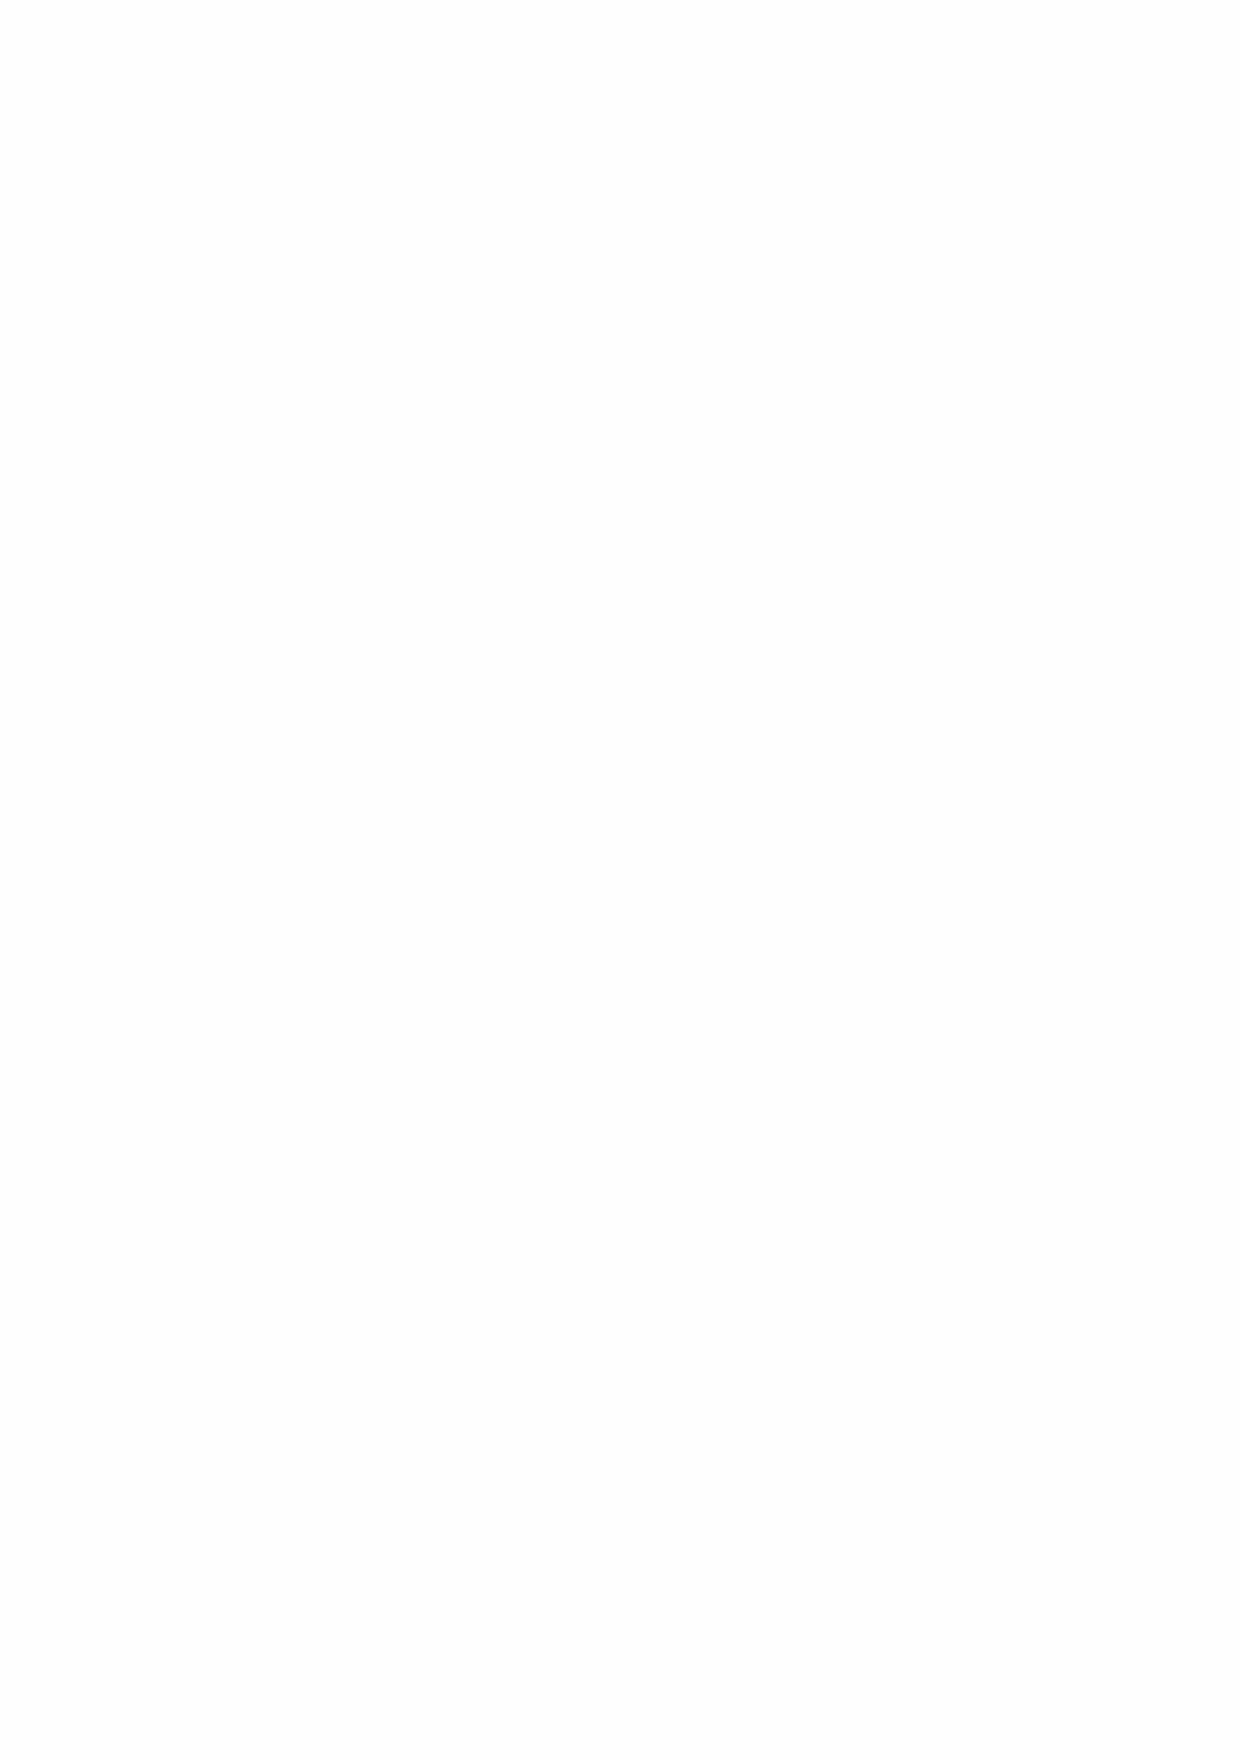
reset size
 The reset button will return the picture to its original size.
 d  Click just past the image (to deselect it) and press Enter to move to a new line.
 Type a caption for the image. Do not worry about the font, colour or size of the text at this time.
 When ready press Enter to move to a new line.
 e  We will now add more images to the page, but this time we will be able to see them before we select
 them.
 At the top of the files panel, click on the Assets tab.
 The Assets panel is used to catalogue items used in the web site. It includes things like images, colours,
 Flash animations, hyperlinks, etc. The advantage for us in this case is that we will be able to see a
 preview of any of the images we might like to use.
 image
 assets
 preview
 Choose a second and third image to add to the page. (sbsp 9 10, 12, 13, 14 and 16 are from the movie.)
 Drag them from the assets panel to the document window under the earlier picture, and caption each.
 f  The asterisk next to a file name on the page tab is a reminder that you have made changes to a page since
 it was last saved. A page must be saved before any changes you make can be seen in the browser.
 Re-save the page.
 g  Return to the browser and press the Refresh button to see the changes made.
 6. We can now make a link to this page from the home page.
 a  Move to the home page (index.htm).
 b  In the files panel open the buttons folder and find the movie.gif button.
 From this folder drag movie.gif to just under the other buttons. (Again ignore the accessibility attribute
 option.)
 c  We will now create a hyperlink from this button image to the movie page we created.
 In the properties inspector at the bottom find the Link box.
 Next to this is a Point to File icon.